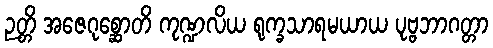
ဉတ္တိ အဇေဂုစ္ဆောတိ ကုဏ္ဍလိယ ရုက္ခသာရမယာယ ပုဗ္ဗဘာဂတ္တာ